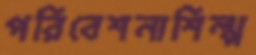
পরিবেশনাশিল্প